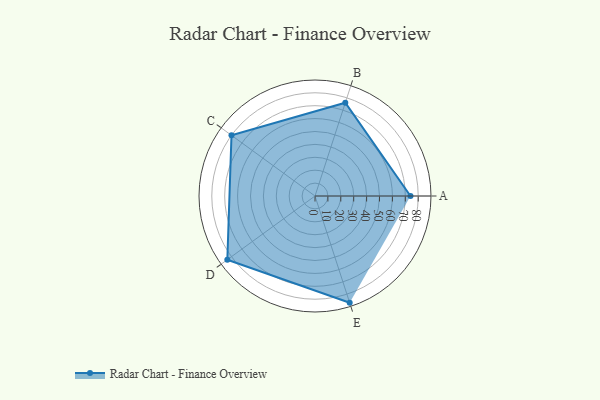
{"axis": {"x": "Skill", "y": "Score"}, "legend": ["Profile"], "data": [{"x": "A", "y": 74.0, "type": "Profile"}, {"x": "B", "y": 76.0, "type": "Profile"}, {"x": "C", "y": 80.0, "type": "Profile"}, {"x": "D", "y": 84.0, "type": "Profile"}, {"x": "E", "y": 87.0, "type": "Profile"}]}